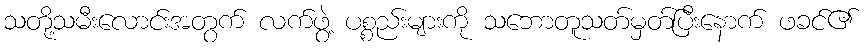
သတို့သမီးလောင်းအတွက် လက်ဖွဲ့ ပစ္စည်းများကို သဘောတူသတ်မှတ်ပြီးနောက် ဖခင်၏